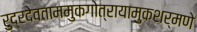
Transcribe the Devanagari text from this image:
रुद्रदेवताममुकगोत्रायामुकशर्मणे